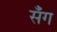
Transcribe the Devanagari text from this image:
सँग